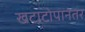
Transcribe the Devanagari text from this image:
खटाटोपानंतर